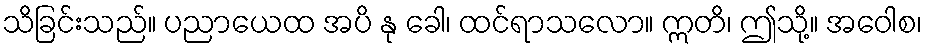
သိခြင်းသည်။ ပညာယေထ အပိ နု ခေါ၊ ထင်ရာသလော။ ဣတိ၊ ဤသို့။ အဝေါစ၊